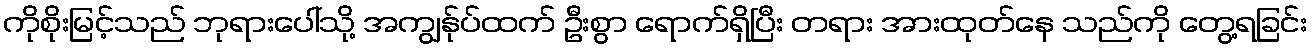
ကိုစိုးမြင့်သည် ဘုရားပေါ်သို့ အကျွန်ုပ်ထက် ဦးစွာ ရောက်ရှိပြီး တရား အားထုတ်နေ သည်ကို တွေ့ရခြင်း